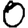
Digit: 0